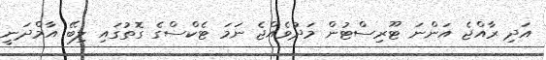
އަދި ރާއްޖެ އަންނަ ޓޫރިސްޓުން މަދުވެއްޖެ ނަމަ ޓެކްސްގެ ގޮތުގައި ލިބޭ އާމްދަނީ